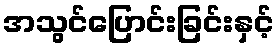
အသွင်ပြောင်းခြင်းနှင့်